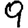
Digit: 9